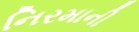
નિરમાની